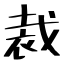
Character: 裁